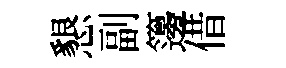
懇副籩借